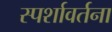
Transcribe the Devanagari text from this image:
स्पर्शावर्तना